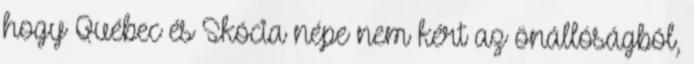
hogy Québec és Skócia népe nem kért az önállóságból,